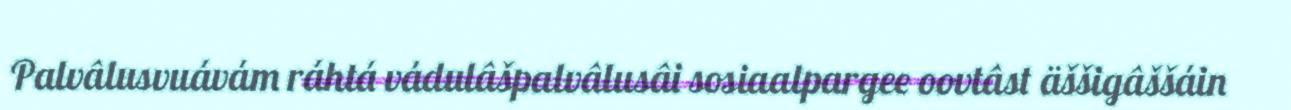
Palvâlusvuávám ráhtá vádulâšpalvâlusâi sosiaalpargee oovtâst äššigâššáin